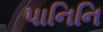
પાનિનિ